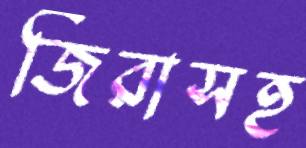
জিরাসহ